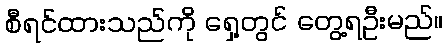
စီရင်ထားသည်ကို ရှေ့တွင် တွေ့ရဦးမည်။